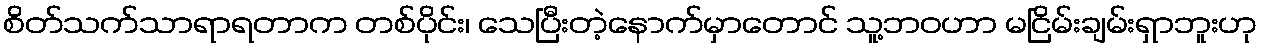
စိတ်သက်သာရာရတာက တစ်ပိုင်း၊ သေပြီးတဲ့နောက်မှာတောင် သူ့ဘဝဟာ မငြိမ်းချမ်းရှာဘူးဟု